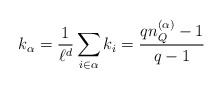
\begin{align*}k_\alpha =\frac{1}{\ell^d}\sum_{i\in \alpha} k_i = \frac{qn_Q^{(\alpha)}-1}{q-1}\end{align*}